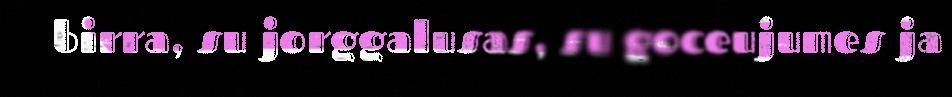
birra, su jorggalusas, su goceujumes ja